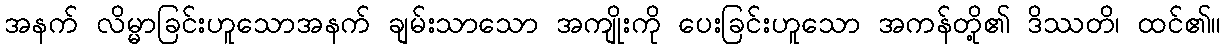
အနက် လိမ္မာခြင်းဟူသောအနက် ချမ်းသာသော အကျိုးကို ပေးခြင်းဟူသော အကန်တို့၏ ဒိဿတိ၊ ထင်၏။